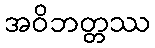
အဝိဘတ္တဿ